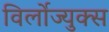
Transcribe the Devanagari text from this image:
विर्लोज्युक्स